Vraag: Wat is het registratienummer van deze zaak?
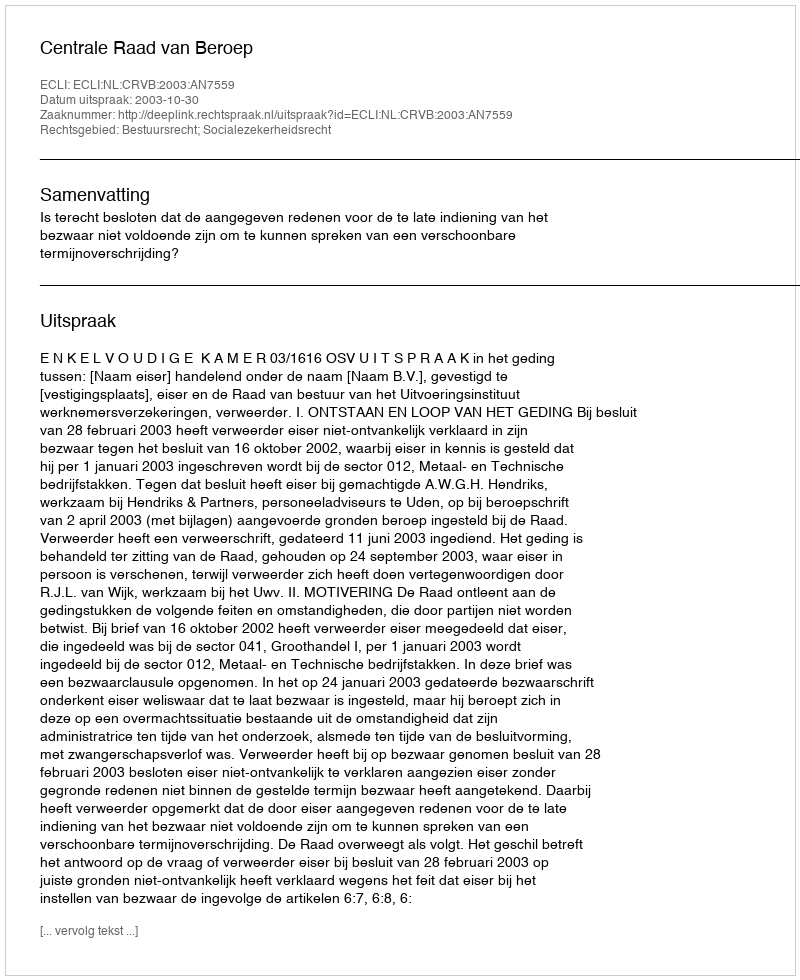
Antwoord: http://deeplink.rechtspraak.nl/uitspraak?id=ECLI:NL:CRVB:2003:AN7559